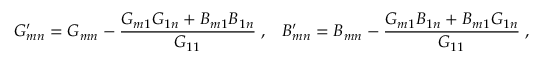
G _ { m n } ^ { \prime } = G _ { m n } - \frac { G _ { m 1 } G _ { 1 n } + B _ { m 1 } B _ { 1 n } } { G _ { 1 1 } } \; , \; \; \; B _ { m n } ^ { \prime } = B _ { m n } - \frac { G _ { m 1 } B _ { 1 n } + B _ { m 1 } G _ { 1 n } } { G _ { 1 1 } } \; ,